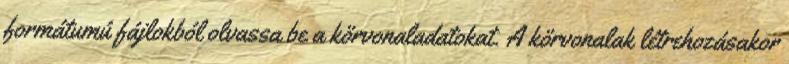
formátumú fájlokból olvassa be a körvonaladatokat. A körvonalak létrehozásakor